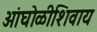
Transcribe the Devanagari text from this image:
आंघोळीशिवाय